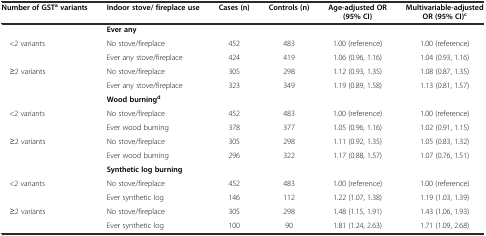
| Number of GSTavariants | Indoor stove/ fireplace use | Cases (n) | Controls (n) | Age-adjusted OR (95% CI) | Multivariable-adjusted OR (95% CI)c |
 | --- | --- | --- | --- | --- | --- |
 |  | Ever any |  |  |  |  |
 | <2 variants | No stove/fireplace | 452 | 483 | 1.00 (reference) | 1.00 (reference) |
 |  | Ever any stove/fireplace | 424 | 419 | 1.06 (0.96, 1.16) | 1.04 (0.93, 1.16) |
 | ≥2 variants | No stove/fireplace | 305 | 298 | 1.12 (0.93, 1.35) | 1.08 (0.87, 1.35) |
 |  | Ever any stove/fireplace | 323 | 349 | 1.19 (0.89, 1.58) | 1.13 (0.81, 1.57) |
 |  | Wood burningd |  |  |  |  |
 | <2 variants | No stove/fireplace | 452 | 483 | 1.00 (reference) | 1.00 (reference) |
 |  | Ever wood burning | 378 | 377 | 1.05 (0.96, 1.16) | 1.02 (0.91, 1.15) |
 | ≥2 variants | No stove/fireplace | 305 | 298 | 1.11 (0.92, 1.35) | 1.05 (0.83, 1.32) |
 |  | Ever wood burning | 296 | 322 | 1.17 (0.88, 1.57) | 1.07 (0.76, 1.51) |
 |  | Synthetic log burning |  |  |  |  |
 | <2 variants | No stove/fireplace | 452 | 483 | 1.00 (reference) | 1.00 (reference) |
 |  | Ever synthetic log | 146 | 112 | 1.22 (1.07, 1.38) | 1.19 (1.03, 1.39) |
 | ≥2 variants | No stove/fireplace | 305 | 298 | 1.48 (1.15, 1.91) | 1.43 (1.06, 1.93) |
 |  | Ever synthetic log | 100 | 90 | 1.81 (1.24, 2.63) | 1.71 (1.09, 2.68) |